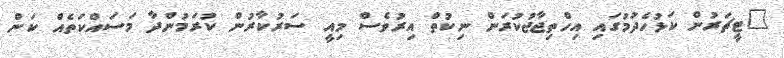
"ޓީޗަރުން ކަޅުހެދުމުގައި އިހްތިޖާޖުކުރަން ނިކުތް އިރުވެސް މިއީ ސަރުކާރުން ކުރަމުންދާ މަސައްކަތެއް ކަން